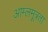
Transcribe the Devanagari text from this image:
आम्लमूत्रता